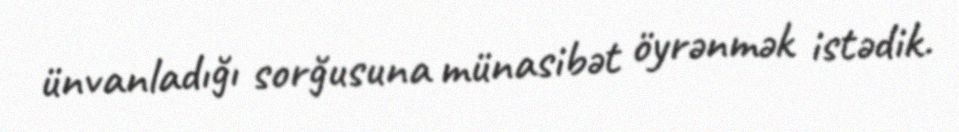
ünvanladığı sorğusuna münasibət öyrənmək istədik.